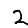
Digit: 2